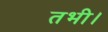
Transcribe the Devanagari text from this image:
तभी।